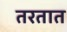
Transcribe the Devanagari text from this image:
तरतात